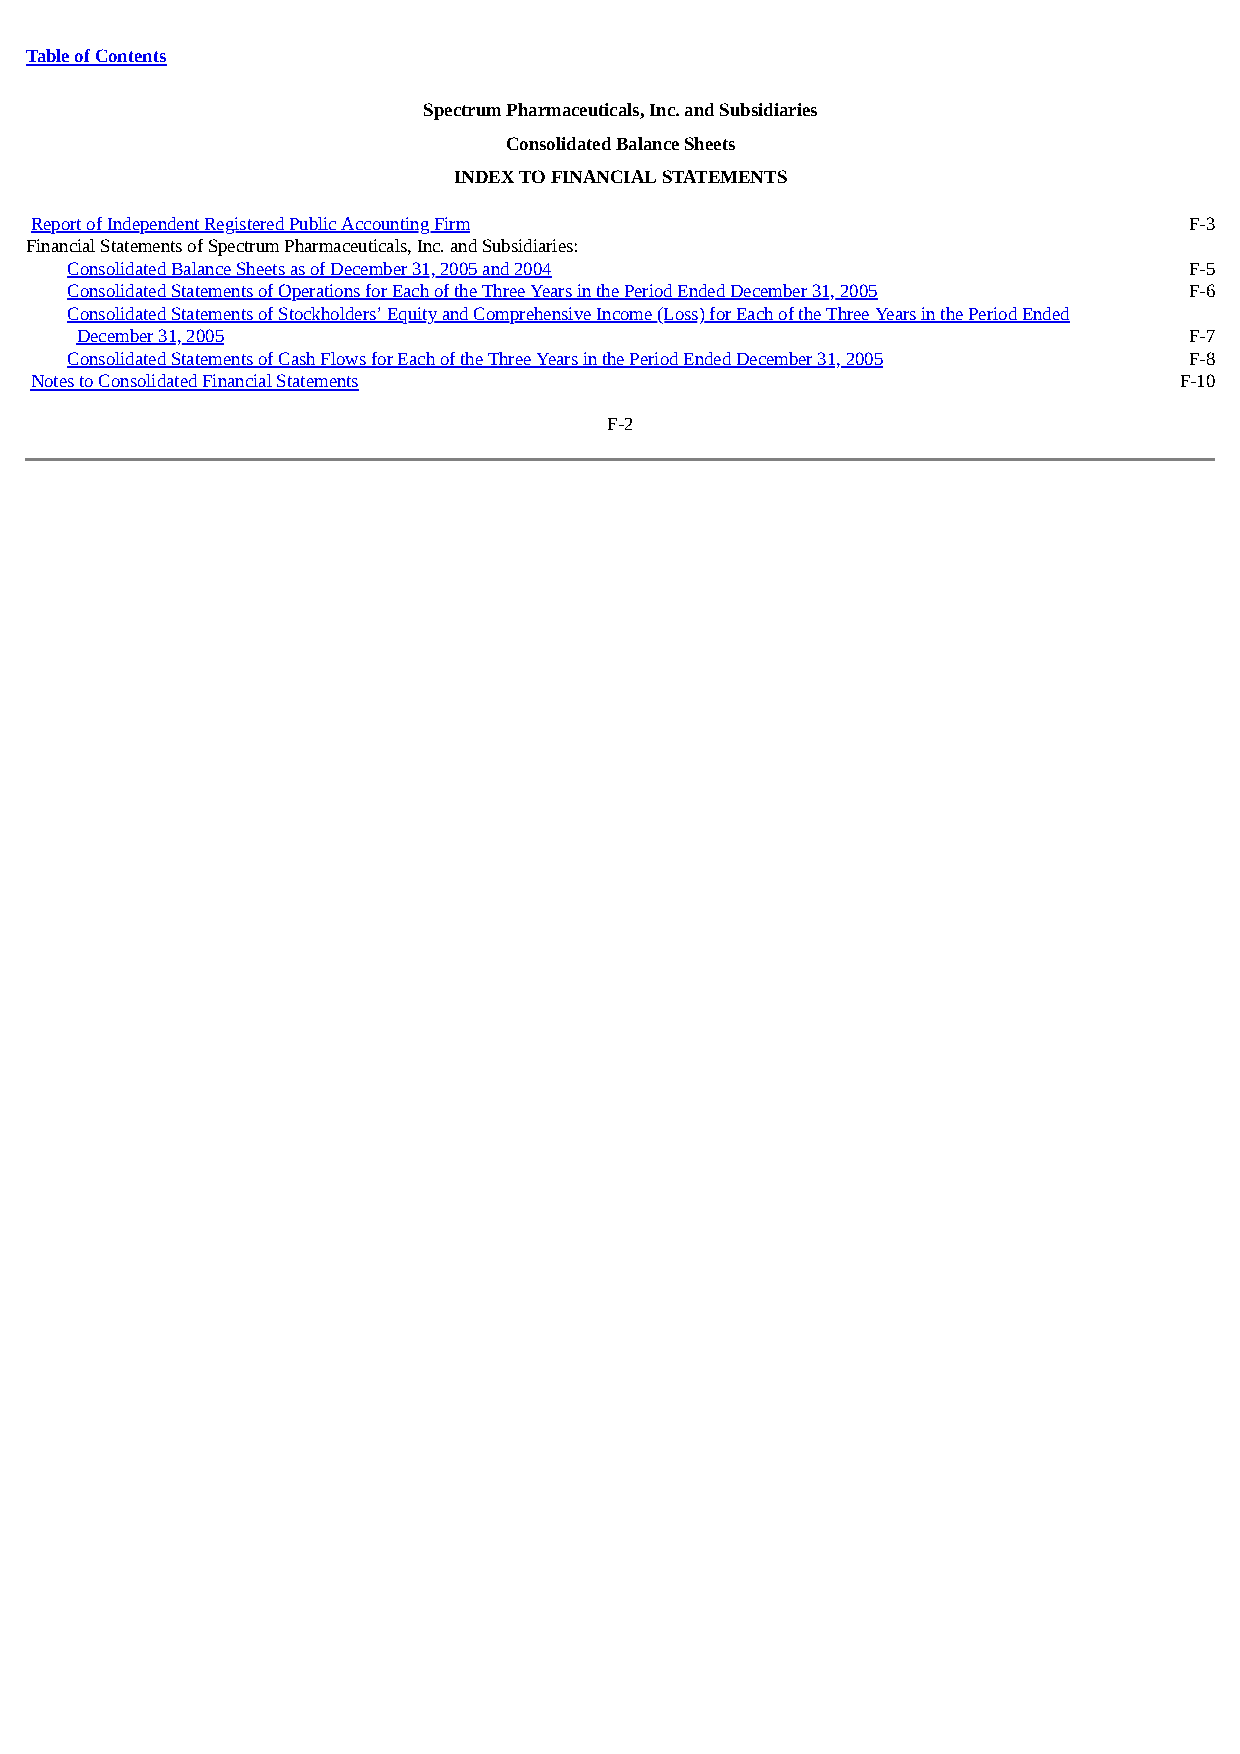
Table of Contents
 Spectrum Pharmaceuticals, Inc. and Subsidiaries
 Consolidated Balance Sheets
 INDEX TO FINANCIAL STATEMENTS
 Repo rt of Independent Registered Public Accounting Firm                     F-3
 Financial Statements of Spectrum Pharmaceuticals, Inc. and Subsidiaries:
 Consolidated Balance Sheets as of December 31, 2005 and 2004               F-5
 Consolidated Statements of Operations for Each of the Three Years in the Period Ended December 31, 2005 F-6
 Consolidated Statements of Stockholders’ Equity and Comprehensive Income (Loss) for Each of the Three Years in the Period Ended
 December 31, 2005                                                         F-7
 Consolidated Statements of Cash Flows for Each of the Three Years in the Period Ended December 31, 2005 F-8
 Notes to Consolidated Financial Statements                                  F-10
 F-2